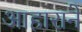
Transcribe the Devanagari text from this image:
आहाराने